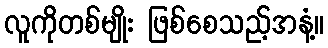
လူကိုတစ်မျိုး ဖြစ်စေသည့်အနံ့။